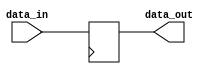
module high_speed_buffer (
    input wire data_in,
    output reg data_out
);

// Code for high-speed buffer
always @ (posedge clk)
begin
    data_out <= data_in;
end

endmodule